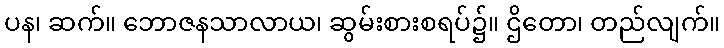
ပန၊ ဆက်။ ဘောဇနသာလာယ၊ ဆွမ်းစားစရပ်၌။ ဌိတော၊ တည်လျက်။